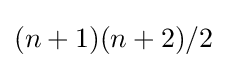
(n+1)(n+2)/2